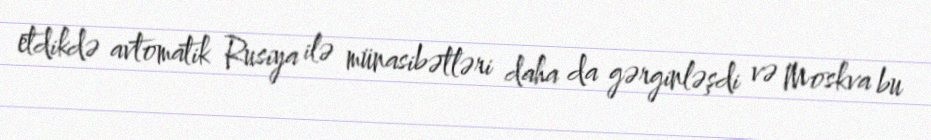
etdikdə avtomatik Rusiya ilə münasibətləri daha da gərginləşdi və Moskva bu